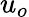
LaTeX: u_{o}